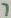
Text: 7